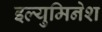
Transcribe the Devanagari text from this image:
इल्युमिनेश